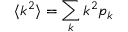
\langle k ^ { 2 } \rangle = \sum _ { k } k ^ { 2 } p _ { k }